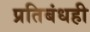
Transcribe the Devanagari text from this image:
प्रतिबंधही